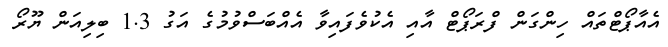
އެއާޕޯޓްތައް ހިންގަން ފްރަޕޯޓް އާއި އެކުވެފައިވާ އެއްބަސްވުމުގެ އަގު 1.3 ބިލިއަން ޔޫރޯ